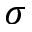
\sigma